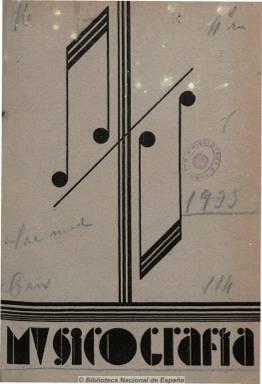
Título: Musicografía (Monóvar)
Colección: Música
Ámbito geográfico: Alicante
Lugar de publicación: Monóvar [Alicante]
Fechas: 01/05/1933-30/06/1936

Publicación mensual editada por el Instituto-Escuela de Música, que se dice portavoz de los filarmónicos que alientan esta entidad de la ciudad alicantina de Monóvar, señalando su entusiasmo por el que sea conocida en otras partes. Patrocinada por Francisco Corbí Martínez, estuvo dirigida por Daniel de Nueda, y contiene interesantes artículos de técnica, historia y estética musical de directores, compositores, musicógrafos, críticos y profesores y catedráticos de Música, como José Subirá, Eduardo López Chávarri, Joaquín Turina, Antonio M. Abellán, Andrés Aráiz o Vicente María de Gibert, entre otros.

Le dedica especial atención a la música de banda y, en concreto, a la de la región levantina, y a la difusión de obras y autores tanto antiguos como modernos, con secciones de bibliografía comentada y biografía, y otras dedicadas a la fonografía, la vida musical en España y el extranjero, un noticiario y la oficial dedicada al propio instituto-escuela (exámenes, etc.). Incluye también fotografías de actualidad musical. Editó un total de 38 números y su publicación se vio truncada por el estallido de la guerra civil.